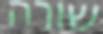
שורה